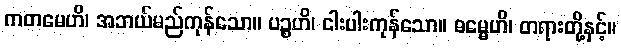
ကတမေဟိ၊ အဘယ်မည်ကုန်သော။ ပဉ္စဟိ၊ ငါးပါးကုန်သော။ ဓမ္မေဟိ၊ တရားတို့နှင့်။